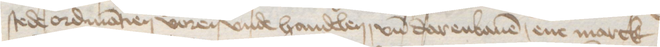
stede ordinatien voren vnde handelen, vnd darenbauen, ene marck